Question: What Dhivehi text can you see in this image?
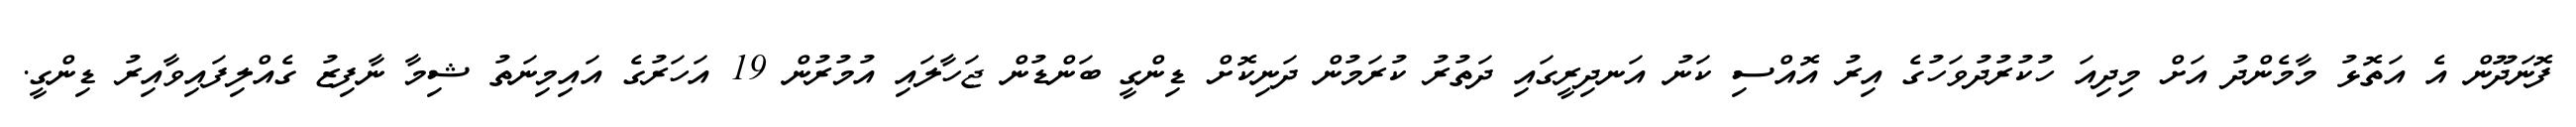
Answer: ފޮނަދޫން އެ އަތޮޅު މާމެންދު އަށް މިދިއަ ހުކުރުދުވަހުގެ އިރު އޮއްސި ކަނު އަނދިރީގައި ދަތުރު ކުރަމުން ދަނިކޮށް ޑިންގީ ބަންޑުން ޖަހާލައި އުމުރުން 19 އަހަރުގެ އައިމިނަތު ޝިމާ ނާފިޒު ގެއްލިފައިވާއިރު ޑިންގީ.